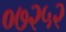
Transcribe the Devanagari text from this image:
०७२५२